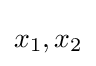
x_{1},x_{2}